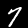
Digit: 7